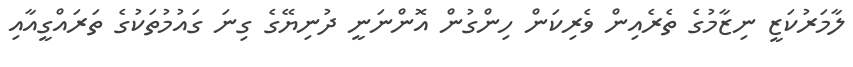
ލާމަރުކަޒީ ނިޒާމުގެ ތެރެއިން ވެރިކަން ހިންގުން އޮންނަނީ ދުނިޔޭގެ ގިނަ ގައުމުތަކުގެ ތަރައްގީއާއި